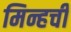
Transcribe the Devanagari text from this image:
मिन्हची